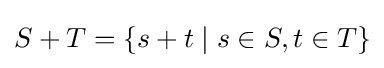
S+T=\{s+t\mid s\in S,t\in T\}